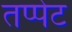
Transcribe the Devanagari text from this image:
तप्पेट